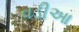
વડીઆ